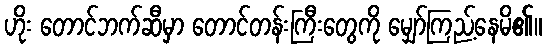
ဟိုး တောင်ဘက်ဆီမှာ တောင်တန်းကြီးတွေကို မျှော်ကြည့်နေမိ၏။